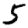
Digit: 5